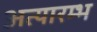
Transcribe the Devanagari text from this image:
अत्यारम्भ